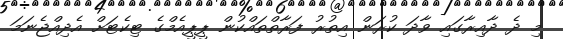
މި ދެ ދާއިރާގައި ވާދަ ކުރަން އިތުރު ފަރާތްތައްކުން ޕީޕީއެމްގެ ޓިކެޓަށް އެދިއްޖެނަމަ